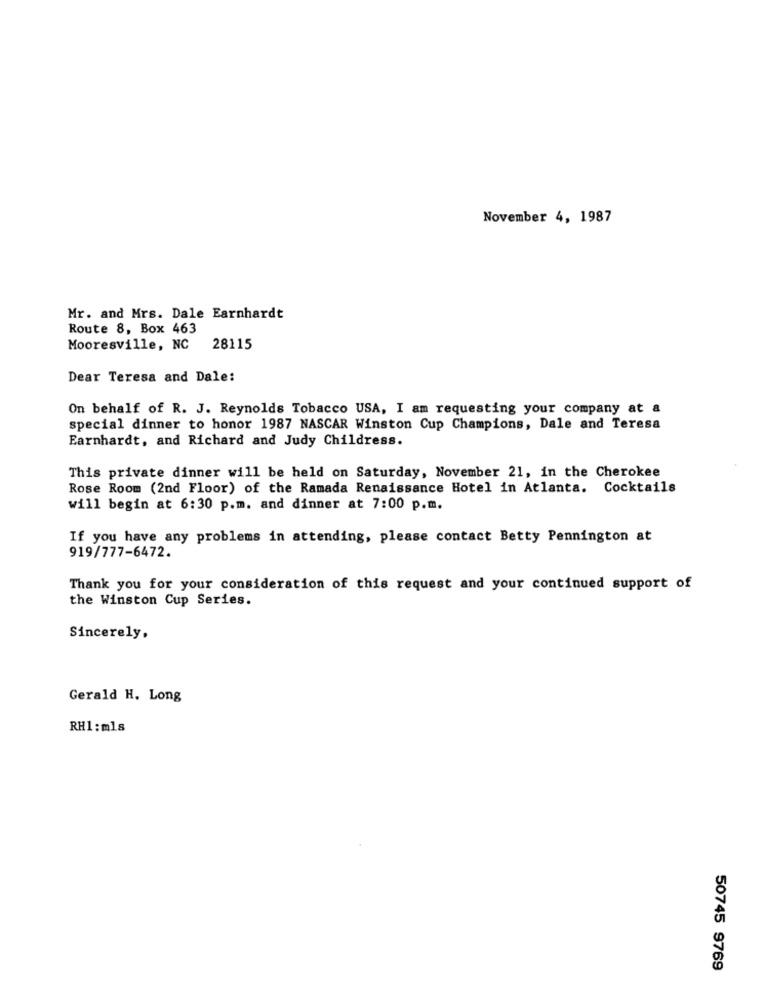
November 4, 1987
Mr. and Mrs. Dale Earnhardt
Route 8, Box 463
Mooresville, NC
28115
Dear Teresa and Dale:
On behalf of R. J. Reynolds Tobacco USA, I am requesting your company at a
special dinner to honor 1987 NASCAR Winston Cup Champions, Dale and Teresa
Earnhardt, and Richard and Judy Childress.
This private dinner will be held on Saturday, November 21, in the Cherokee
Rose Room (2nd Floor) of the Ramada Renaissance Hotel in Atlanta. Cocktails
will begin at 6:30 p.m. and dinner at 7:00 p.m.
If you have any problems in attending, please contact Betty Pennington at
919/777-6472.
Thank you for your consideration of this request and your continued support of
the Winston Cup Series.
Sincerely,
Gerald H. Long
RH1 : mls
50745 9769